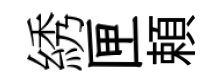
綉匣頼